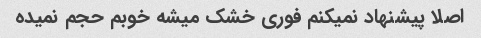
اصلا پیشنهاد نمیکنم فوری خشک میشه خوبم حجم نمیده